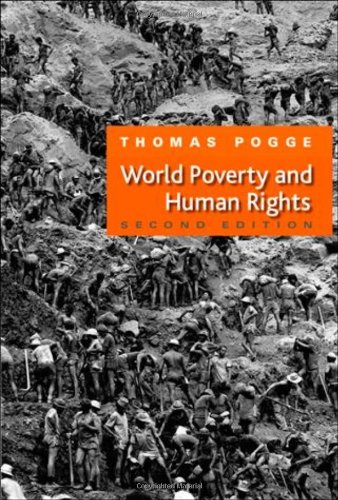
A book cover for World Poverty and Human Rights; Thomas W. Pogge; Law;